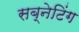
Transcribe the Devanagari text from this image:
सब्नेटिंग